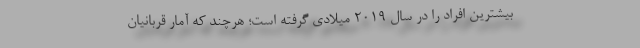
بیشترین افراد را در سال ۲۰۱۹ میلادی گرفته است؛ هرچند که آمار قربانیان